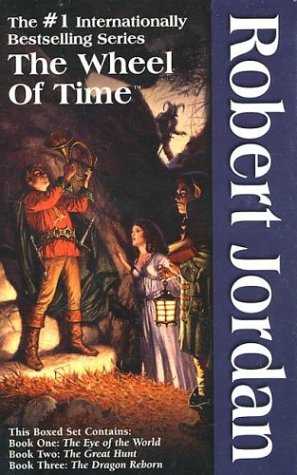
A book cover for The Wheel of Time, Boxed Set I, Books 1-3: The Eye of the World, The Great Hunt, The Dragon Reborn; Robert Jordan; Science Fiction & Fantasy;